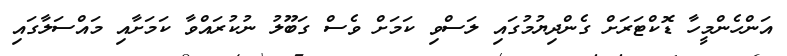
އަންހެންމީހާ ޑޮކްޓަރަށް ގެންދިޔުމުގައި ލަސްވި ކަމަށް ވެސް ގަބޫލު ނުކުރައްވާ ކަމަށާއި މައްސަލާގައި